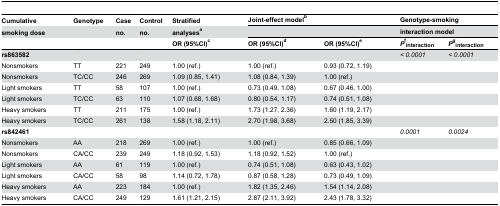
<table><thead><tr><td><b>Cumulative</b></td><td><b>Genotype</b></td><td><b>Case</b></td><td><b>Control</b></td><td><b>Stratified</b></td><td colspan="2"><b>Joint-effect model<sup>b</sup></b></td><td colspan="2"><b>Genotype-smoking</b></td></tr><tr><td><b>smoking dose</b></td><td></td><td><b>no.</b></td><td><b>no.</b></td><td><b>analyses<sup>a</sup></b></td><td colspan="2"></td><td colspan="2"><b>interaction model</b></td></tr><tr><td></td><td></td><td></td><td></td><td><b>OR (95%CI)<sup>c</sup></b></td><td><b>OR (95%CI)<sup>d</sup></b></td><td><b>OR (95%CI)<sup>e</sup></b></td><td><b><i>P</i><sup>f</sup><sub>interaction</sub></b></td><td><b><i>P</i><sup>g</sup><sub>interaction</sub></b></td></tr></thead><tbody><tr><td><b>rs863582</b></td><td></td><td></td><td></td><td></td><td></td><td></td><td><i>&lt; 0.0001</i></td><td><i>&lt; 0.0001</i></td></tr><tr><td> Nonsmokers</td><td>TT</td><td>221</td><td>249</td><td>1.00 (ref.)</td><td>1.00 (ref.)</td><td>0.93 (0.72, 1.19)</td><td></td><td></td></tr><tr><td> Nonsmokers</td><td>TC/CC</td><td>246</td><td>269</td><td>1.09 (0.85, 1.41)</td><td>1.08 (0.84, 1.39)</td><td>1.00 (ref.)</td><td></td><td></td></tr><tr><td> Light smokers</td><td>TT</td><td>58</td><td>107</td><td>1.00 (ref.)</td><td>0.73 (0.49, 1.08)</td><td>0.67 (0.46, 1.00)</td><td></td><td></td></tr><tr><td> Light smokers</td><td>TC/CC</td><td>63</td><td>110</td><td>1.07 (0.68, 1.68)</td><td>0.80 (0.54, 1.17)</td><td>0.74 (0.51, 1.08)</td><td></td><td></td></tr><tr><td>Heavy smokers</td><td>TT</td><td>211</td><td>175</td><td>1.00 (ref.)</td><td>1.73 (1.27, 2.36)</td><td>1.60 (1.19, 2.17)</td><td></td><td></td></tr><tr><td>Heavy smokers</td><td>TC/CC</td><td>261</td><td>138</td><td>1.58 (1.18, 2.11)</td><td>2.70 (1.98, 3.68)</td><td>2.50 (1.85, 3.39)</td><td></td><td></td></tr><tr><td><b>rs842461</b></td><td></td><td></td><td></td><td></td><td></td><td></td><td><i>0.0001</i></td><td><i>0.0024</i></td></tr><tr><td> Nonsmokers</td><td>AA</td><td>218</td><td>269</td><td>1.00 (ref.)</td><td>1.00 (ref.)</td><td>0.85 (0.66, 1.09)</td><td></td><td></td></tr><tr><td> Nonsmokers</td><td>CA/CC</td><td>239</td><td>249</td><td>1.18 (0.92, 1.53)</td><td>1.18 (0.92, 1.52)</td><td>1.00 (ref.)</td><td></td><td></td></tr><tr><td> Light smokers</td><td>AA</td><td>61</td><td>119</td><td>1.00 (ref.)</td><td>0.74 (0.51, 1.08)</td><td>0.63 (0.43, 1.02)</td><td></td><td></td></tr><tr><td> Light smokers</td><td>CA/CC</td><td>58</td><td>98</td><td>1.14 (0.72, 1.78)</td><td>0.87 (0.58, 1.28)</td><td>0.73 (0.49, 1.09)</td><td></td><td></td></tr><tr><td>Heavy smokers</td><td>AA</td><td>223</td><td>184</td><td>1.00 (ref.)</td><td>1.82 (1.35, 2.46)</td><td>1.54 (1.14, 2.08)</td><td></td><td></td></tr><tr><td>Heavy smokers</td><td>CA/CC</td><td>249</td><td>129</td><td>1.61 (1.21, 2.15)</td><td>2.87 (2.11, 3.92)</td><td>2.43 (1.78, 3.32)</td><td></td><td></td></tr></tbody></table>